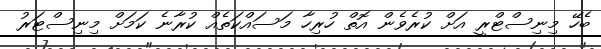
ބެހޭ މިނިސްޓްރީ އަށް ކުރެވެން އޮތް ހުރިހާ މަސައްކަތެއް ކުރާނެ ކަމަށް މިނިސްޓަރު